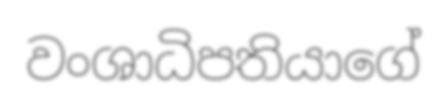
වංශාධිපතියාගේ